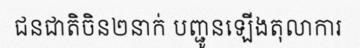
ជនជាតិចិន២នាក់ បញ្ជូនឡើងតុលាការ